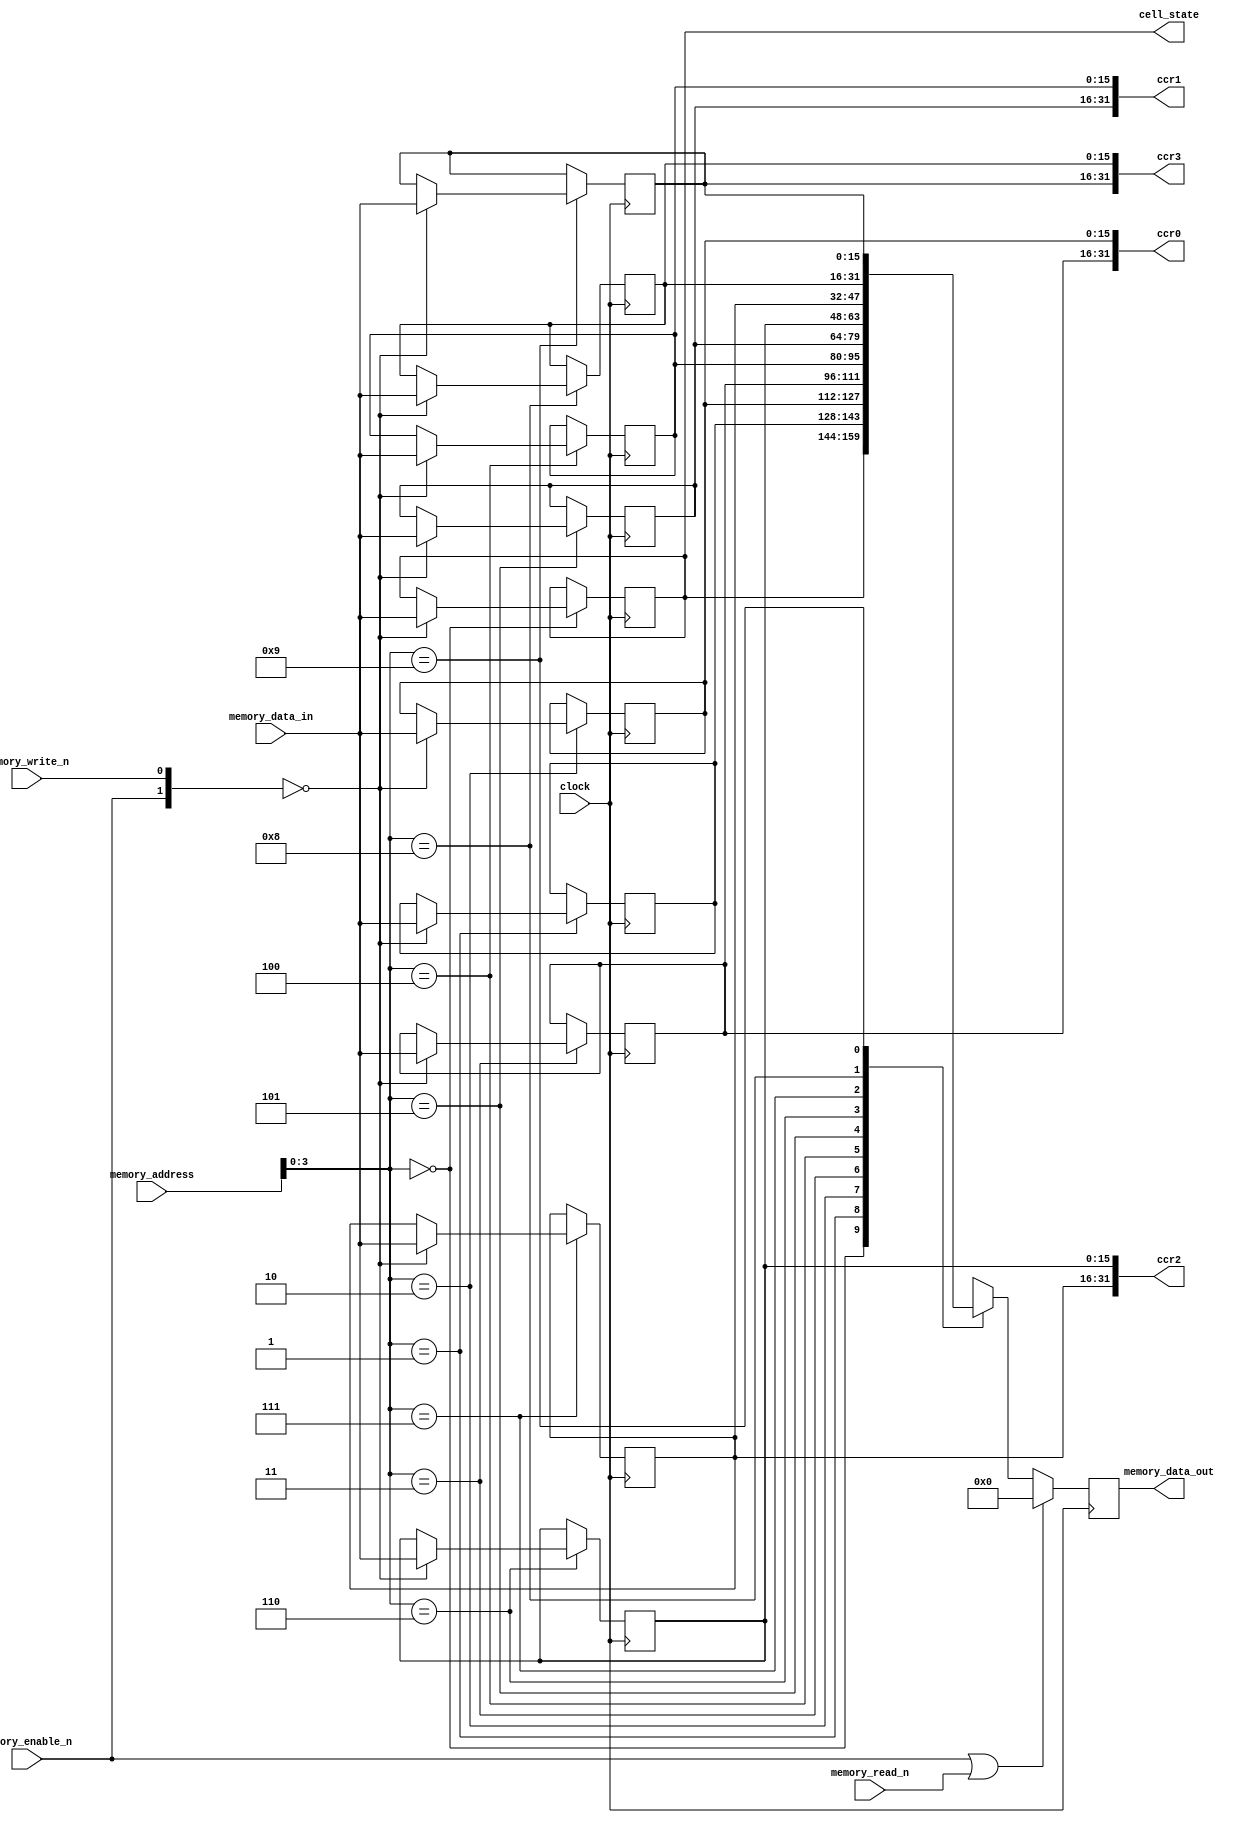
// SPDX-FileCopyrightText: 2020 Efabless Corporation
//
// Licensed under the Apache License, Version 2.0 (the "License");
// you may not use this file except in compliance with the License.
// You may obtain a copy of the License at
//
//      http://www.apache.org/licenses/LICENSE-2.0
//
// Unless required by applicable law or agreed to in writing, software
// distributed under the License is distributed on an "AS IS" BASIS,
// WITHOUT WARRANTIES OR CONDITIONS OF ANY KIND, either express or implied.
// See the License for the specific language governing permissions and
// limitations under the License.
// SPDX-License-Identifier: Apache-2.0

`default_nettype none
/*
 *-------------------------------------------------------------
 *
 * memory_contorller
 *
 *
 *-------------------------------------------------------------
 */

module memory_controller
(
`ifdef USE_POWER_PINS
    inout vccd1,	// User area 1 1.8V supply
    inout vssd1,	// User area 1 digital ground
`endif
  input wire          clock,
  //input wire reset_sn,
  input wire          memory_enable_n,
  input wire          memory_write_n,
  input wire          memory_read_n,
  input wire  [7:0]   memory_address,
  input wire  [15:0]  memory_data_in,
  output wire [15:0]  memory_data_out,
  output wire [15:0]  cell_state,
//  output wire [15:0]  control_state,
  output wire [31:0]  ccr0,
  output wire [31:0]  ccr1,
  output wire [31:0]  ccr2,
  output wire [31:0]  ccr3
);
  localparam NUM_OF_MEM_ELEMENTS = 10;
  reg [15:0] memory [0:9]; 
  wire [3:0] row_sel;
  reg [15:0] memory_data_reg;

  //assign row_sel = system_data_in[$clog2(NUM_OF_MEM_ELEMENTS)+16-1:16];
  assign row_sel = memory_address[3:0];
/*
  genvar mem_row;
  generate
    for(mem_row=0;mem_row<NUM_OF_MEM_ELEMENTS;mem_row=mem_row+1)
    begin
      always@(posedge clock)
      begin
        if(reset_sn)
        begin
        end
          if(row_sel==mem_row)
          begin
            memory[mem_row] <= memory_enable_n ? memory[mem_row] : memory_write_n ? memory[mem_row] : system_data_in[15:0];
          end
        else
        begin
          memory[mem_row] <= 16'b0; 
        end
      end
    end
  endgenerate
*/
  genvar mem_row;
  generate 
    for(mem_row=0;mem_row<NUM_OF_MEM_ELEMENTS;mem_row=mem_row+1)
    begin : reg_memroy_file
      always@(posedge clock)
      begin
        if(row_sel==mem_row)
        begin
          case({memory_enable_n,memory_write_n})
            2'b00: memory[mem_row] <= memory_data_in[15:0];
            default: memory[mem_row] <= memory[mem_row];
          endcase
        end
      end
    end
  endgenerate

  always@(posedge clock)
  begin
    memory_data_reg = memory_enable_n | memory_read_n ? 16'b0 : memory[row_sel];
  end
  
  assign cell_state = memory[0];
  //assign control_state = memory[1];
  assign ccr0 = {memory[3],memory[2]};
  assign ccr1 = {memory[5],memory[4]};
  assign ccr2 = {memory[7],memory[6]};
  assign ccr3 = {memory[9],memory[8]};
  assign memory_data_out = memory_data_reg;

endmodule